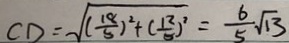
C D = \sqrt { ( \frac { 1 8 } { 5 } ) ^ { 2 } + ( \frac { 1 2 } { 5 } ) ^ { 2 } } = \frac { 6 } { 5 } \sqrt { 1 3 }